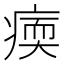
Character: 𤸂